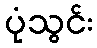
ပုံသွင်း